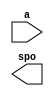
module ROMbinBCD(
  a,
  spo
);

input [7 : 0] a;
output [11 : 0] spo;

// synthesis translate_off

  DIST_MEM_GEN_V7_2 #(
    .C_ADDR_WIDTH(8),
    .C_DEFAULT_DATA("0"),
    .C_DEPTH(256),
    .C_FAMILY("spartan6"),
    .C_HAS_CLK(0),
    .C_HAS_D(0),
    .C_HAS_DPO(0),
    .C_HAS_DPRA(0),
    .C_HAS_I_CE(0),
    .C_HAS_QDPO(0),
    .C_HAS_QDPO_CE(0),
    .C_HAS_QDPO_CLK(0),
    .C_HAS_QDPO_RST(0),
    .C_HAS_QDPO_SRST(0),
    .C_HAS_QSPO(0),
    .C_HAS_QSPO_CE(0),
    .C_HAS_QSPO_RST(0),
    .C_HAS_QSPO_SRST(0),
    .C_HAS_SPO(1),
    .C_HAS_SPRA(0),
    .C_HAS_WE(0),
    .C_MEM_INIT_FILE("ROMbinBCD.mif"),
    .C_MEM_TYPE(0),
    .C_PARSER_TYPE(1),
    .C_PIPELINE_STAGES(0),
    .C_QCE_JOINED(0),
    .C_QUALIFY_WE(0),
    .C_READ_MIF(1),
    .C_REG_A_D_INPUTS(0),
    .C_REG_DPRA_INPUT(0),
    .C_SYNC_ENABLE(1),
    .C_WIDTH(12)
  )
  inst (
    .A(a),
    .SPO(spo),
    .D(),
    .DPRA(),
    .SPRA(),
    .CLK(),
    .WE(),
    .I_CE(),
    .QSPO_CE(),
    .QDPO_CE(),
    .QDPO_CLK(),
    .QSPO_RST(),
    .QDPO_RST(),
    .QSPO_SRST(),
    .QDPO_SRST(),
    .DPO(),
    .QSPO(),
    .QDPO()
  );

// synthesis translate_on

endmodule